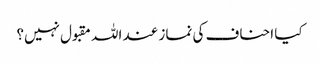
کیا احناف کی نماز عند اللہ مقبول نہیں؟